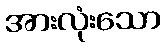
အားလုံးသော